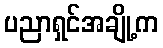
ပညာရှင်အချို့က